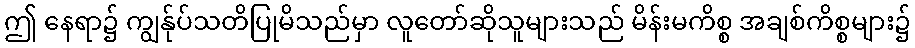
ဤ နေရာ၌ ကျွန်ုပ်သတိပြုမိသည်မှာ လူတော်ဆိုသူများသည် မိန်းမကိစ္စ အချစ်ကိစ္စများ၌